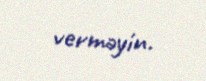
verməyin.